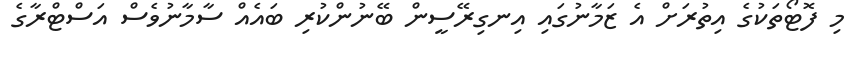
މި ފޮޓޯތަކުގެ އިތުރަށް އެ ޒަމާނުގައި އިނގިރޭސީން ބޭނުންކުރި ބައެއް ސާމާނުވެސް އަސްޓްރާގެ